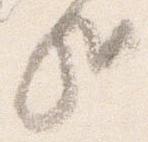
哉